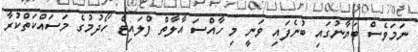
ނަމަވެސް ބަޔާނުގައި ބުނެފައި ވަނީ މި ހާއްސަ އާލާތް ފްލައިޓް ހޯދުމުގެ މަސައްކަތްކުރާ